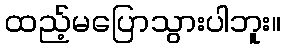
ထည့်မပြောသွားပါဘူး။